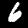
Label: 6